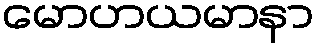
မောဟယမာနာ